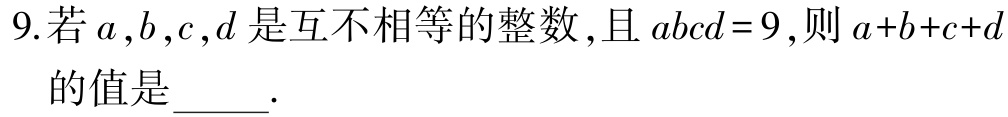
9.若\(a,b,c,d\)是互不相等的整数,且\(abcd = 9\),则\(a + b + c + d\)的值是_____.